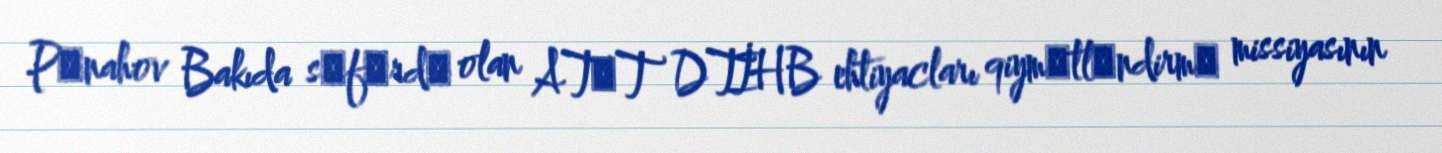
Pәnahov Bakıda sәfәrdә olan ATӘT DTİHB ehtiyacları qiymәtlәndirmә missiyasının